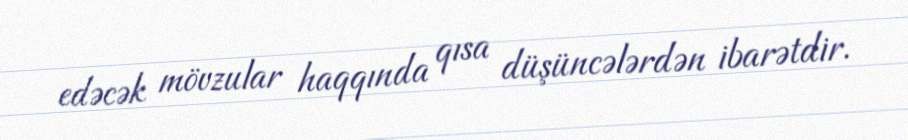
edəcək mövzular haqqında qısa düşüncələrdən ibarətdir.